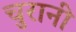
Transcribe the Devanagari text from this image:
चुरानी